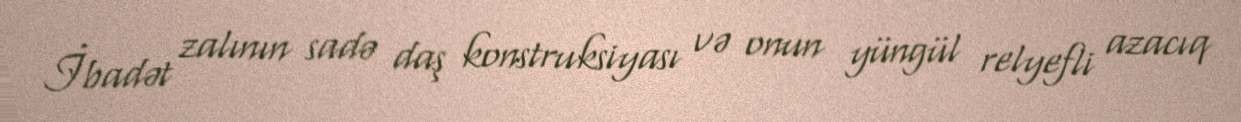
İbadət zalının sadə daş konstruksiyası və onun yüngül relyefli azacıq